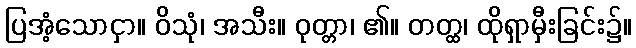
ပြအံ့သောငှာ။ ဝိသုံ၊ အသီး။ ဝုတ္တာ၊ ၏။ တတ္ထ၊ ထိုရှာမှီးခြင်း၌။